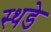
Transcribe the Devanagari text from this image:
स्थडे